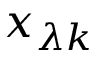
x _ { \lambda k }